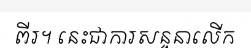
ពីរ។ នេះជាការសន្ទនាលើក